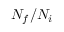
N _ { f } / N _ { i }